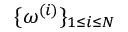
\{ \boldsymbol \omega ^ { ( i ) } \} _ { 1 \leq i \leq N }